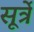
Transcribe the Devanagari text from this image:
सूर्त्रे